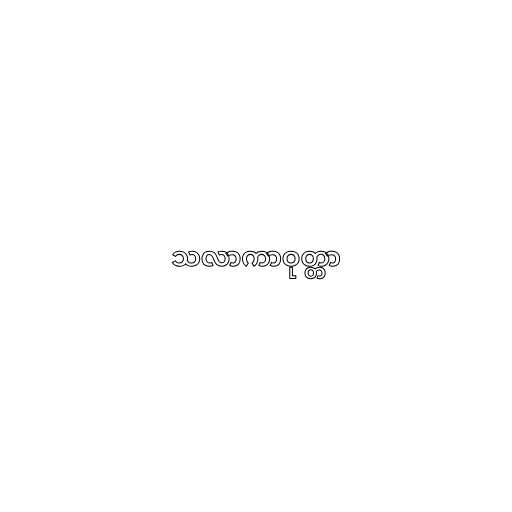
သလာကာဝုတ္တာ